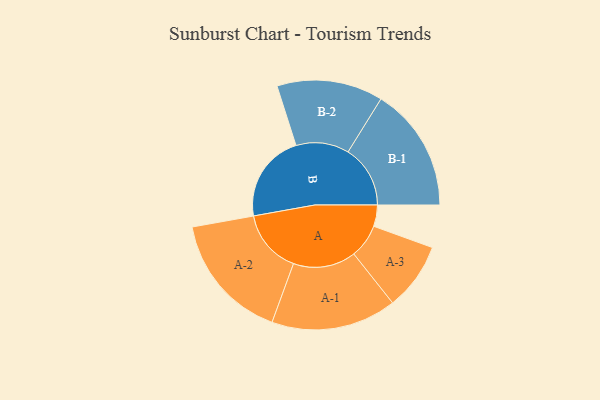
{"axis": {"x": "Segment", "y": "Value"}, "legend": ["", "A", "B"], "data": [{"x": "A", "y": 100, "type": ""}, {"x": "B", "y": 414, "type": ""}, {"x": "A-1", "y": 294, "type": "A"}, {"x": "A-2", "y": 300, "type": "A"}, {"x": "A-3", "y": 159, "type": "A"}, {"x": "B-1", "y": 292, "type": "B"}, {"x": "B-2", "y": 249, "type": "B"}]}